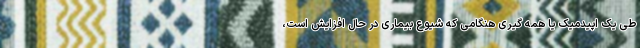
طی یک اپیدمیک یا همه گیری هنگامی که شیوع بیماری در حال افزایش است،